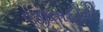
જીવાદોરી